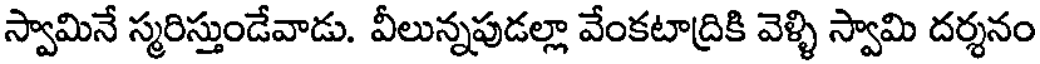
స్వామినే స్మరిస్తుండేవాడు. వీలున్నపుడల్లా వేంకటాద్రికి వెళ్ళి స్వామి దర్శనం